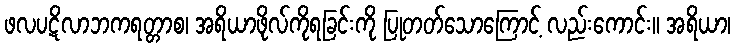
ဖလပဋိလာဘကရတ္တာစ၊ အရိယာဖိုလ်ကိုရခြင်းကို ပြုတတ်သောကြောင့် လည်းကောင်း။ အရိယာ၊